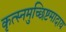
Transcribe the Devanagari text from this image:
कृत्स्नमुच्छिष्टमादाय